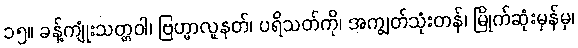
၁၅။ ခန့်ကျုံးသတ္တဝါ၊ ဗြဟ္မာလူနတ်၊ ပရိသတ်ကို၊ အကျွတ်သုံးတန်၊ မြိုက်ဆုံးမှန်မှ၊